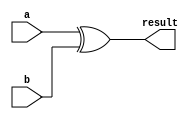
module simple_comb_logic (
    input wire a,        // Input signal a
    input wire b,        // Input signal b
    output wire result   // Output signal result
);

// Continuous assignment: result is the XOR of inputs a and b
assign result = a ^ b;

endmodule